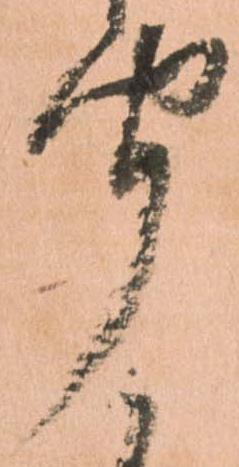
聞